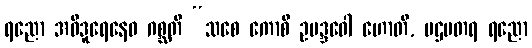
ရညော အဝိဒူရေနေဝ ဂစ္ဆတိ “သစေ ကောစိ ဥပဒ္ဒဝေါ ဟောတိ, ပဌမတရ ရညော